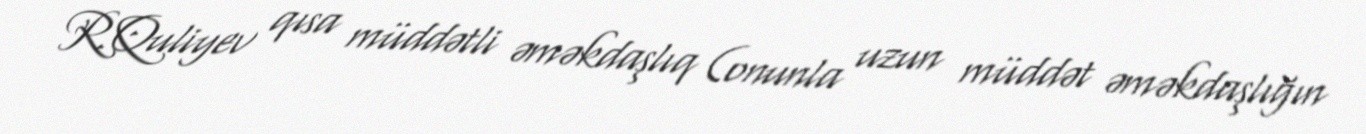
R.Quliyev qısa müddətli əməkdaşlıq (onunla uzun müddət əməkdaşlığın